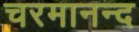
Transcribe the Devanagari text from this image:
चरमानन्द